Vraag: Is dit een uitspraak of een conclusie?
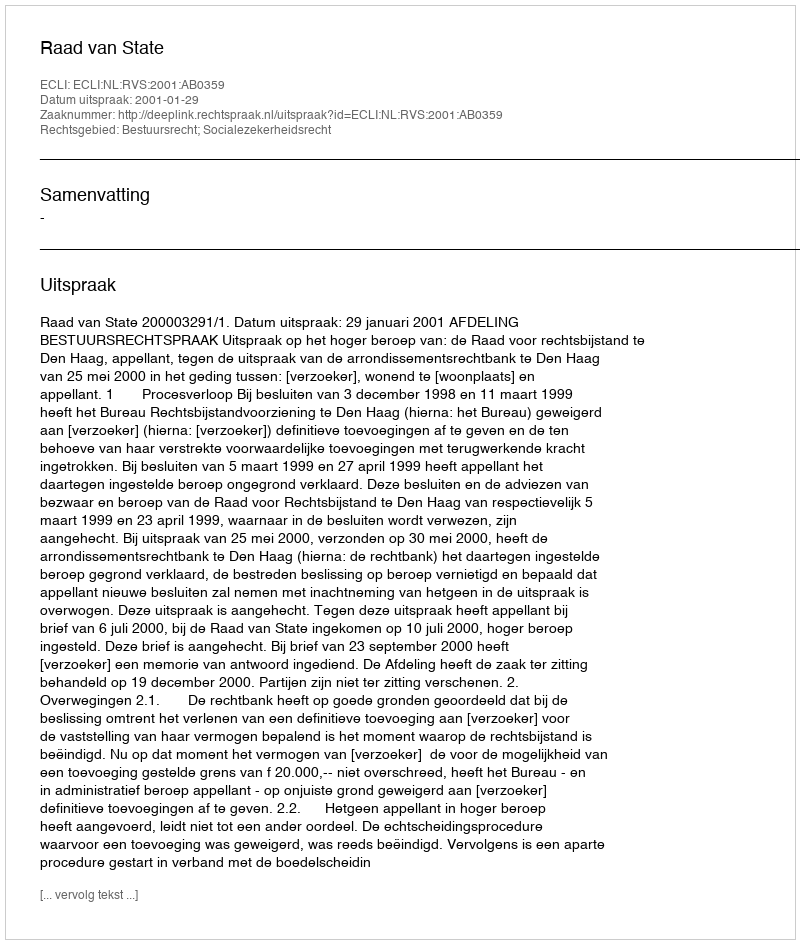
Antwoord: Uitspraak